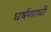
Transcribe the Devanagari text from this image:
घर्षणाची